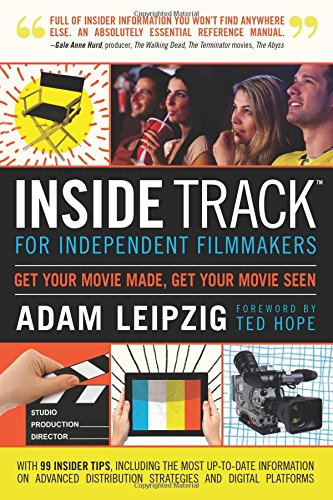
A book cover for Inside Track for Independent Filmmakers; Adam Leipzig; Humor & Entertainment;